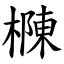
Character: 樄